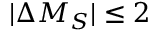
| \Delta M _ { S } | \le 2